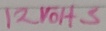
Text: 12VOHS